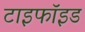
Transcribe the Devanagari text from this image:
टाइफॉइड